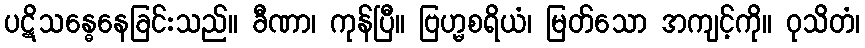
ပဋိသန္ဓေနေခြင်းသည်။ ခီဏာ၊ ကုန်ပြီ။ ဗြဟ္မစရိယံ၊ မြတ်သော အကျင့်ကို။ ဝုသိတံ၊